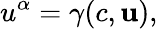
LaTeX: u^{\alpha}=\gamma(c,\mathbf{u}),